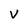
Character: v